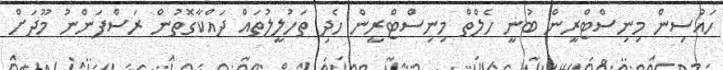
ހައުސިން މިނިސްޓްރީން ބުނީ ހެލްތް މިނިސްޓްރީން ހެދި ތަހުލީލުތައް ދައްކާގޮތުން ރަސްފަންނު މޫދަށް